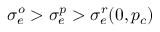
\sigma _ { e } ^ { o } > \sigma _ { e } ^ { p } > \sigma _ { e } ^ { r } ( 0 , p _ { c } )